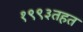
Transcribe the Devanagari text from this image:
१९९३तहत